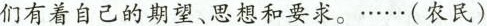
们有着自己的期望、思想和要求。……(农民)